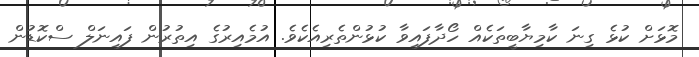
މޮޅަށް ކުޅެ ގިނަ ކާމިޔާބީތަކެއް ހޯދާފައިވާ ކުޅުންތެރިއެކެވެ. އުމެއިރުގެ އިތުރުން ފައިނަލް ސްކޮޑުން